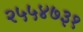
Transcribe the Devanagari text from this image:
२५५४७३१